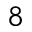
^ { 8 }